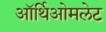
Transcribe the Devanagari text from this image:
ऑर्थिओमलेट